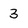
Character: 3